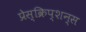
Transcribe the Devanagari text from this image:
प्रेस्क्रिप्शन्स